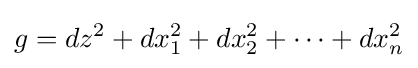
g=dz^{2}+dx_{1}^{2}+dx_{2}^{2}+\cdots +dx_{n}^{2}